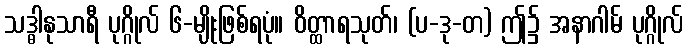
သဒ္ဓါနုသာရီ ပုဂ္ဂိုလ် ၆-မျိုးဖြစ်ရပုံ။ ဝိတ္ထာရသုတ်၊ (ပ-ဒု-တ) ဤ၌ အနာဂါမ် ပုဂ္ဂိုလ်